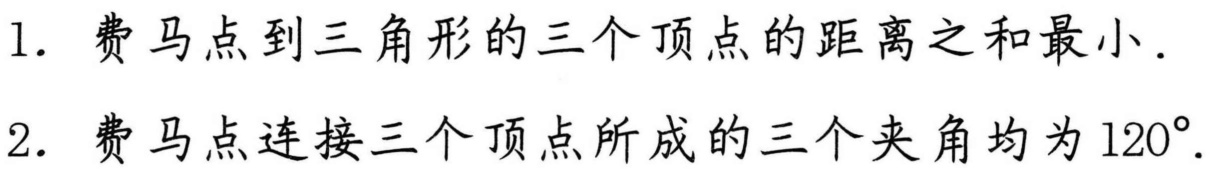
1. 费马点到三角形的三个顶点的距离之和最小.
2. 费马点连接三个顶点所成的三个夹角均为\(120^{\circ}\).